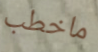
ماخطب